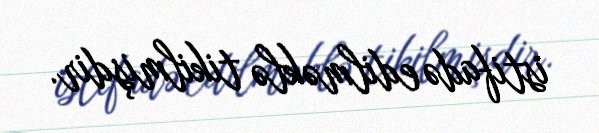
istifadə edilməklə tikilmişdir.